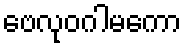
ဗေလုဝဂါမကော